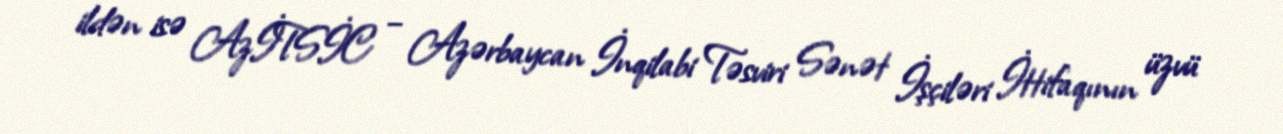
ildən isə AzİTSİC – Azərbaycan İnqilabi Təsviri Sənət İşçiləri İttifaqının üzvü